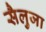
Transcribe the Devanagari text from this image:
सैलुजा